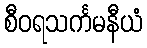
စီဝရသင်္ကမနီယံ